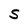
Character: S